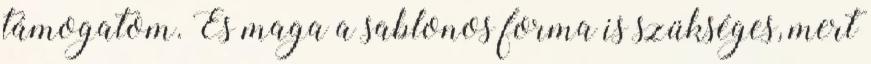
támogatom. És maga a sablonos forma is szükséges, mert